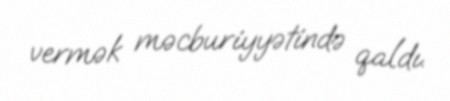
vermək məcburiyyətində qaldı.